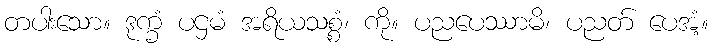
တပါးသော။ ဒုက္ခံ ပဌမံ အရိယသစ္စံ၊ ကို။ ပညပေဿာမိ၊ ပညတ် ပေအံ့။